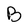
Character: B